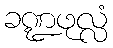
ခဏ္ဍဖုလ္လံ